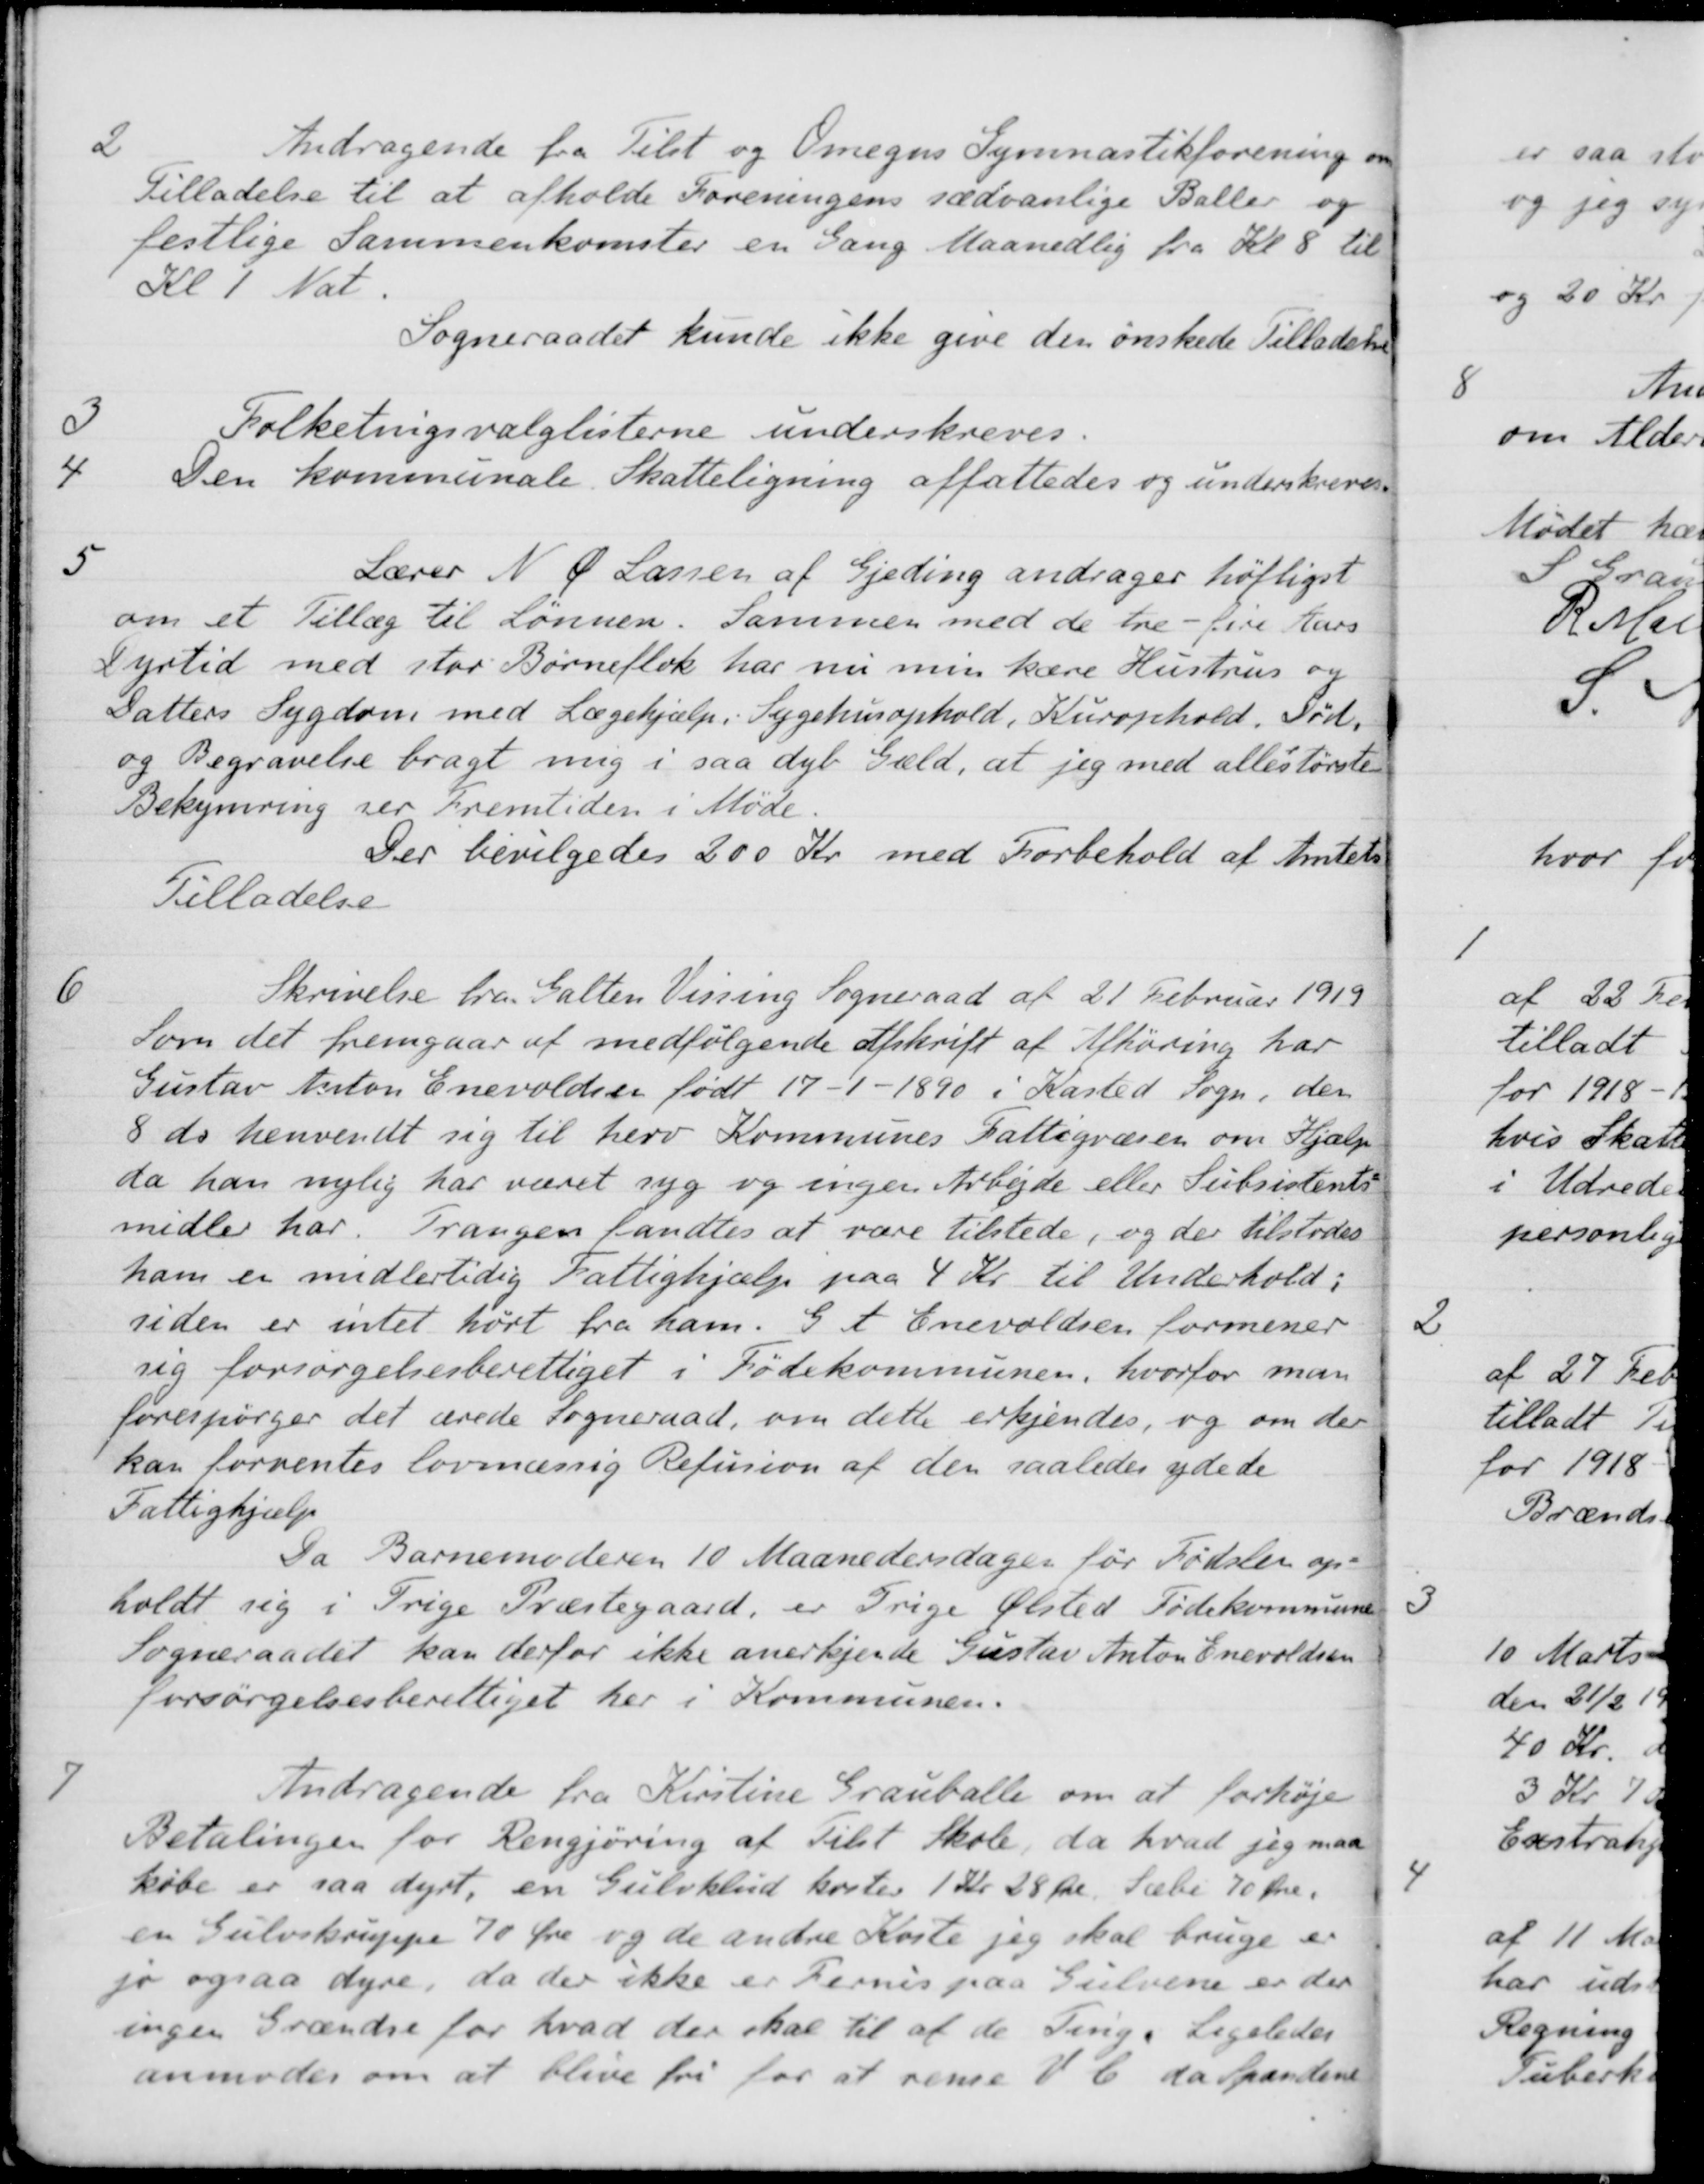
Transskription:
2
Andragende fra Tilst og Omegns Gymnastikforening om
Tilladelse til at afholde Foreningens sædvanlige Baller og
festlige Sammenkomster en Gang Maanedlig fra Kl. 8 til
Kl 1 Nat.
Sogneraadet kunde ikke give den ønskede Tilladelse
3
Folketingsvalglisterne underskreves.
4
Den kommunale Skatteligning affattedes og underskreves.
5
Lærer N. P. Lassen af Gjeding andrager høfligst
om et Tillæg til Lønnen. Sammen med de tre - fire Aars
Dyrtid med stor Børneflok har nu min kære Hustrus og
Datters Sygdom med Lægehjælp. Sygehusophold, Kurophold. Tød.
og Begravelse bragt mig i saa dyb Gæld, at jeg med allestørste
Bekymring ser Fremtiden i Møde
Der bevilgedes 200 Kr med Forbehold af Amtets
Tilladelse
6
Skrivelse fra Galten Vissing Sogneraad af 21 Februar 1919
Som det fremgaar af medfølgende Afskrift af Afhøring har
Gustav Anton Enevolder født 17 - 1 -1890 i Kasted Sogn, den
8 ds henvendt sig til herv Kommunes Fattigvæsen om Hjælp
da han nylig har været syg og ingen Arbejde eller Subsistents
midler har. Trangen fandtes at være tilstede, og der tilstodes
ham er midlertidig Fattighjælp paa 4 Kr. til Underhold:
siden er intet hørt fra ham. G. A. Enevaldsen formener
sig forsørgelsesberettiget i Fødekommunen, hvorfor man
forespørger det ærede Sogneraad, om dette erkjendes, og om der
kan forventes lovmæssig Refusion af den saaledes ydede
Fattighjælp
Da Barnemoderen 10 Maanedersdagen før Fødslen op-
holdt sig i Trige Præstegaard, er Trige Ølsted Fødekommunen
Sogneraadet kan derfor ikke anerkjende Gustav Anton Enevaldsen
forsørgelsesberettiget her i Kommunen.
7
Andragende fra Kirstine Grauballe om at forhøje
Betalingen for Rengjøring af Tilst Skole, da hvad jeg maa
købe er saa dyrt, en Gulvklud koster 1 Kr. 28 Øre. Sæbi 70 Øre.
en Gulvskruppe 70 Øre og de andre Koste jeg skal bruge er
jo ogsaa dyre, da der ikke er Fernis paa Gulvene er der
ingen Grændse for hvad der skal til at de Ting. Ligeledes
anmodes om at blive fri for at rense E da Spandene